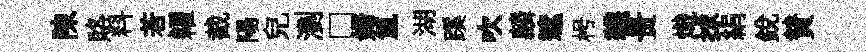
陳賂料若糴截陽兒瀏□婦氲湖蹊吹麟遮枵韈贵熾捄絹銳賛